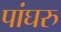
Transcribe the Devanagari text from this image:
पांघरु